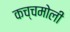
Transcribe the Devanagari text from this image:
कच्चमोली